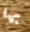
بها